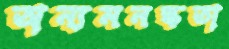
অন্যমনস্কতা